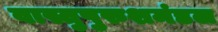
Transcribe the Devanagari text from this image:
वास्तुपुरुशमंडल